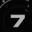
Digit: 7